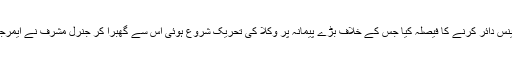
جنرل مشرف نے 2007 میں سپریم کورٹ کے چیف جسٹس افتخار چوہدری کے خلاف ریفرینس دائر کرنے کا فیصلہ کیا جس کے خلاف بڑے پیمانہ پر وکلا کی تحریک شروع ہوئی اس سے گھبرا کر جنرل مشرف نے ایمرجنسی نافذ کر دی اور آئین معطل کر دیا متعدد ججوں کو ان کے گھروں میں نظر بند کر دیا گیا۔